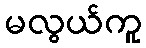
မလွယ်ကူ